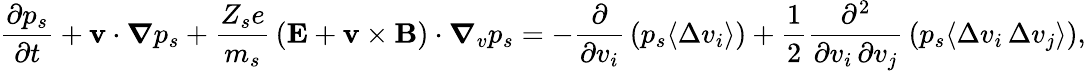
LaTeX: {\frac{\partial p_{s}}{\partial t}}+\mathbf{v}\cdot{\boldsymbol{\nabla}}p_{s}+{\frac{Z_{s}e}{m_{s}}}\left(\mathbf{E}+\mathbf{v}\times\mathbf{B}\right)\cdot{\boldsymbol{\nabla}}_{v}p_{s}=-{\frac{\partial}{\partial v_{i}}}\left(p_{s}\langle\Delta v_{i}\rangle\right)+{\frac{1}{2}}{\frac{\partial^{2}}{\partial v_{i}\, \partial v_{j}}}\left(p_{s}\langle\Delta v_{i}\, \Delta v_{j}\rangle\right),